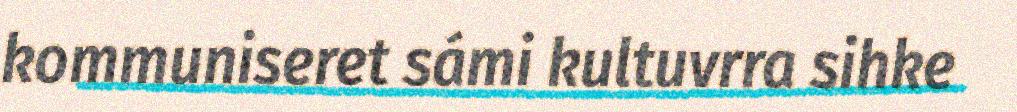
kommuniseret sámi kultuvrra sihke